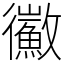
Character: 鰴